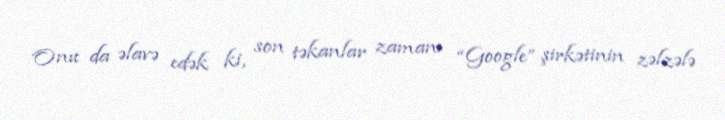
Onu da əlavə edək ki, son təkanlar zamanı “Google” şirkətinin zəlzələ